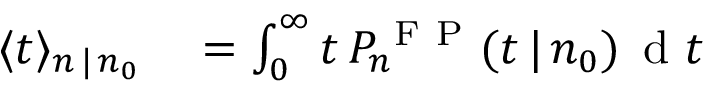
\begin{array} { r l } { \langle t \rangle _ { n \, | \, n _ { 0 } } } & { { } = \int _ { 0 } ^ { \infty } t \, P _ { n } ^ { \mathrm { ~ F ~ P ~ } } ( t \, | \, n _ { 0 } ) \, \mathrm { ~ d ~ } t } \end{array}